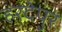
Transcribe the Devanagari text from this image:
हरदेपुर